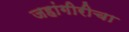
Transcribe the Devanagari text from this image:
जहांगीरीचा